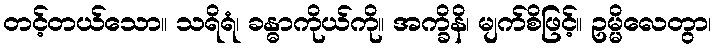
တင့်တယ်သော။ သရိရံ၊ ခန္ဓာကိုယ်ကို။ အက္ခိနိ၊ မျက်စိဖြင့်။ ဥမ္မိလေတွာ၊